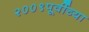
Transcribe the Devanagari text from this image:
२००९पूर्वीच्या